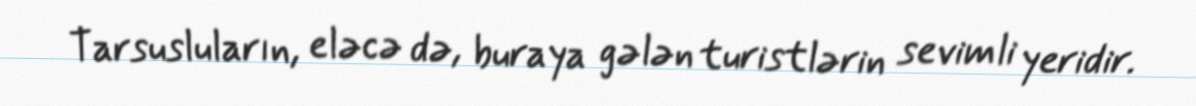
Tarsusluların, eləcə də, buraya gələn turistlərin sevimli yeridir.